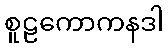
စူဠကောကနဒါ